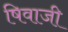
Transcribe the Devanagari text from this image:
षिवाजी